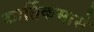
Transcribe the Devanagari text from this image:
कार्तिकमासे